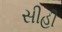
સીહી